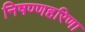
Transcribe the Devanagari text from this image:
निषण्णहरिणा